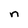
Character: n